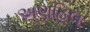
અણહિલ